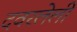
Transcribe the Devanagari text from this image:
दवरलेली